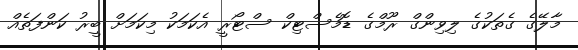
މާލޭގެ ގެތަކުގެ ލިވިންގް ރޫމްގެ ޑޮމެސްޓިކް ސްޓޯރީ އެކަމަކު މިކަމަށް ބީރު ކަންފަތެއް